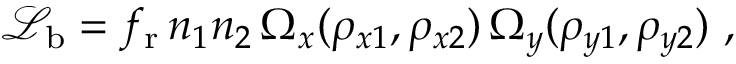
{ \mathcal L } _ { \mathrm b } = f _ { \mathrm r } \, n _ { 1 } n _ { 2 } \, \Omega _ { x } ( \rho _ { x 1 } , \rho _ { x 2 } ) \, \Omega _ { y } ( \rho _ { y 1 } , \rho _ { y 2 } ) ~ ,